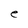
Character: e